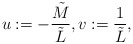
\begin{align*}u:=-\frac{\tilde{M}}{\tilde{L}},v:=\frac{1}{\tilde{L}},\end{align*}